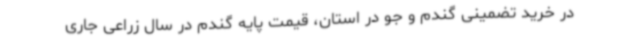
در خرید تضمینی گندم و جو در استان، قیمت پایه گندم در سال زراعی جاری